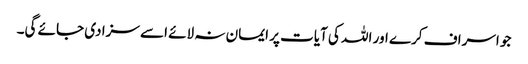
جو اسراف کرے اور اللہ کی آیات پر ایمان نہ لائے اسے سزا دی جائے گی۔